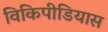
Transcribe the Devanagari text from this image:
विकिपीडियास